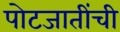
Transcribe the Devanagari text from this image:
पोटजातींची